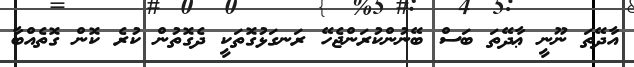
އާދޭތަ ނޫނީ ޢާދޭތަ ބަސް ބޭނުންކުރަންޖެހޭ ރަނގަޅުގޮތަކީ ދެގޮތުން ކުރެ ކޮން ގޮތެއްބާ